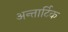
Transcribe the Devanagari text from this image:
अन्तार्टिक